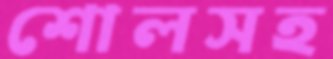
শোলসহ